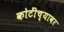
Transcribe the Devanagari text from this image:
कोटींच्यावर